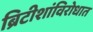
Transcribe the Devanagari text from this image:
ब्रिटीशांविरोधात